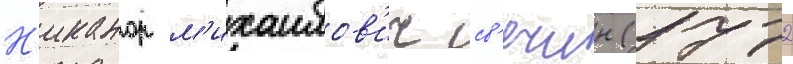
Н'иканор м'ихаилов'ич св'ечин (1772